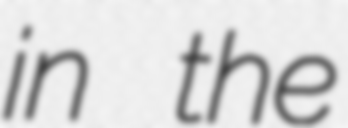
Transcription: in the